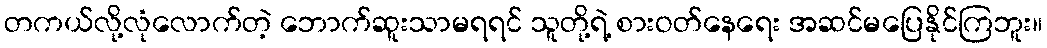
တကယ်လို့လုံလောက်တဲ့ ဘောက်ဆူးသာမရရင် သူတို့ရဲ့ စားဝတ်နေရေး အဆင်မပြေနိုင်ကြဘူး။